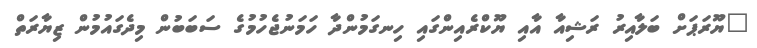
"ޔޫރަޕަށް ބަލާއިރު ރަޝިއާ އާއި ޔޫކްރެއިންގައި ހިނގަމުންދާ ހަމަނުޖެހުމުގެ ސަބަބުން މިދެގައުމުން ޒިޔާރަތް